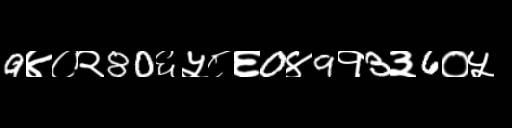
Text: 9४०२80६५८६0४9१3३6०५